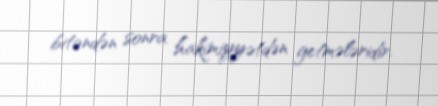
bitəndən sonra hakimiyyətdən getmələridir.